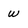
Character: w